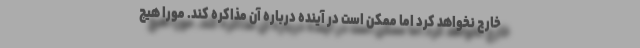
خارج نخواهد کرد اما ممکن است در آینده درباره آن مذاکره کند. مورا هیچ